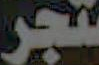
ـتجر